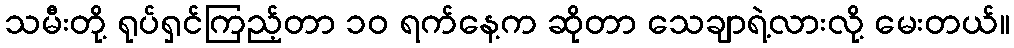
သမီးတို့ ရုပ်ရှင်ကြည့်တာ ၁၀ ရက်နေ့က ဆိုတာ သေချာရဲ့လားလို့ မေးတယ်။